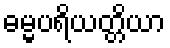
ဓမ္မပရိယတ္တိယာ